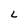
Character: L